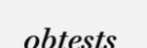
obtests